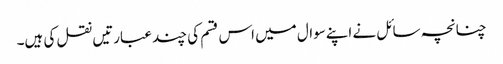
چنانچہ سائل نے اپنےسوال میں اس قسم کی چند عبارتیں نقل کی ہیں۔